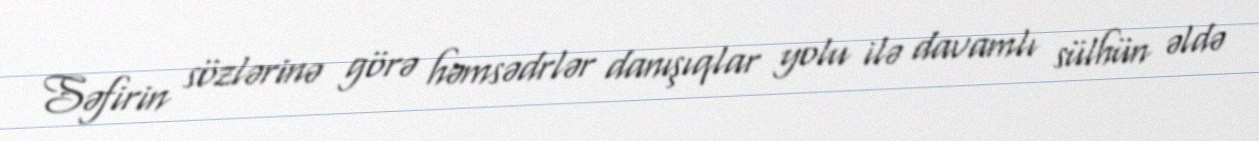
Səfirin sözlərinə görə həmsədrlər danışıqlar yolu ilə davamlı sülhün əldə